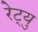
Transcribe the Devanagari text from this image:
रेट्यु